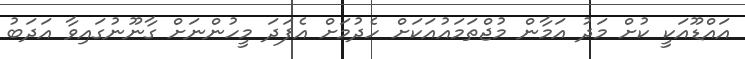
އައްޑޫއަކީ ކުށް މަދު އަމާން މުޖްތަމައުއަކަށް ހެދުމަށް އެފަދަ މީހުންނަށް ގާނޫނުގައިވާ އަދަބު